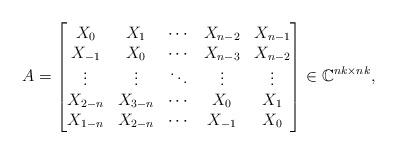
LaTeX: \begin{align*}A=\begin{bmatrix}X_0 & X_1 & \cdots & X_{n-2} & X_{n-1}\\X_{-1} & X_0 & \cdots & X_{n-3} & X_{n-2}\\\vdots & \vdots & \ddots & \vdots & \vdots \\X_{2-n} & X_{3-n} & \cdots & X_0 & X_1 \\X_{1-n} & X_{2-n} & \cdots & X_{-1} &X_0\end{bmatrix} \in \mathbb{C}^{nk \times nk},\end{align*}